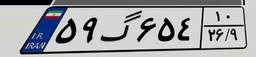
۵۹گ۶۵۴۱۰